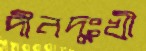
দীনদুঃখী